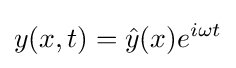
y(x,t)={\hat {y}}(x)e^{i\omega t}